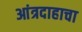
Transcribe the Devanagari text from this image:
आंत्रदाहाचा